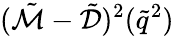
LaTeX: (\tilde{\mathcal{M}}-\tilde{\mathcal{D}})^{2}(\tilde{q}^{2})